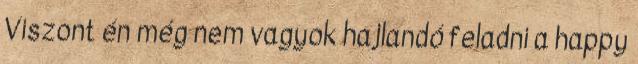
Viszont én még nem vagyok hajlandó feladni a happy